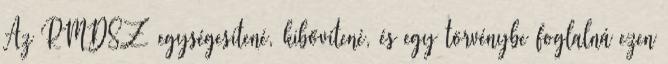
Az RMDSZ egységesítené, kibővítené, és egy törvénybe foglalná ezen